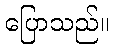
ပြောသည်။